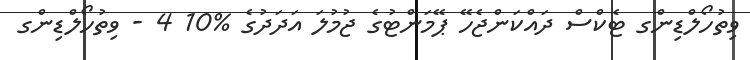
ވިތުހޯލްޑިންގ ޓެކްސް ދައްކަންޖެހޭ ޕޭމަންޓުގެ ޖުމުލަ އަދަދުގެ %10 4 - ވިތުހޯލްޑިންގ